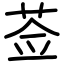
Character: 莶